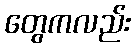
တွေကလည်း